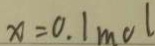
x = 0 . 1 m o l